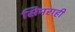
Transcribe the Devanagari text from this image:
सिमराही